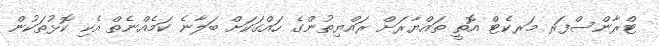
ޓްރާންސްފަރ މަރކެޓް އޮތީ ތައްޔާރަށް ރައްޔިތުންގެ ހައްގަކަށް ބަލާނެ ކަމެއްނެތް އެކި ކޮޅުތަކުން